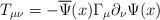
LaTeX: \begin{align*}T_{\mu \nu }=-\overline{\Psi }(x)\Gamma _\mu \partial _\nu \Psi (x)\end{align*}